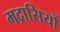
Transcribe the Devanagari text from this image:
मद्रासियों